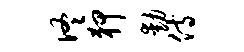
佟狎动侍